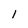
Character: 1